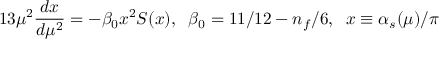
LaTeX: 1 3 \mu ^ { 2 } \frac { d x } { d \mu ^ { 2 } } = - \beta _ { 0 } x ^ { 2 } S ( x ) , \; \; \beta _ { 0 } = 1 1 / 1 2 - n _ { f } / 6 , \; \; x \equiv \alpha _ { s } ( \mu ) / \pi